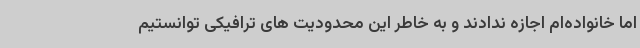
اما خانواده‌ام اجازه ندادند و به خاطر این محدودیت های ترافیکی توانستیم